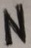
Text: N